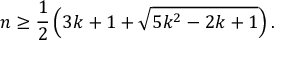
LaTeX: n \geq { \frac { 1 } { 2 } } \left( 3 k + 1 + { \sqrt { 5 k ^ { 2 } - 2 k + 1 } } \right) .